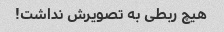
هیچ ربطی به تصویرش نداشت!